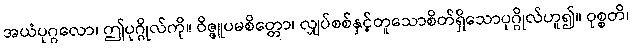
အယံပုဂ္ဂလော၊ ဤပုဂ္ဂိုလ်ကို။ ဝိဇ္ဇူပမစိတ္တော၊ လျှပ်စစ်နှင့်တူသောစိတ်ရှိသောပုဂ္ဂိုလ်ဟူ၍။ ဝုစ္စတိ၊